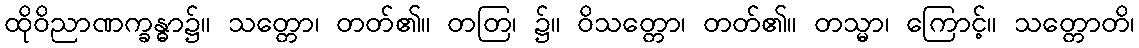
ထိုဝိညာဏက္ခန္ဓာ၌။ သတ္တော၊ တတ်၏။ တတြ၊ ၌။ ဝိသတ္တော၊ တတ်၏။ တသ္မာ၊ ကြောင့်။ သတ္တောတိ၊